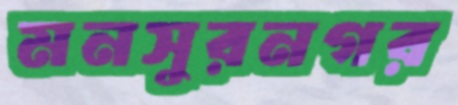
মনসুরনগর